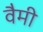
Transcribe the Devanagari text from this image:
वैमी